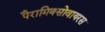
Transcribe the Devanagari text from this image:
पैरामिक्सोवायरस